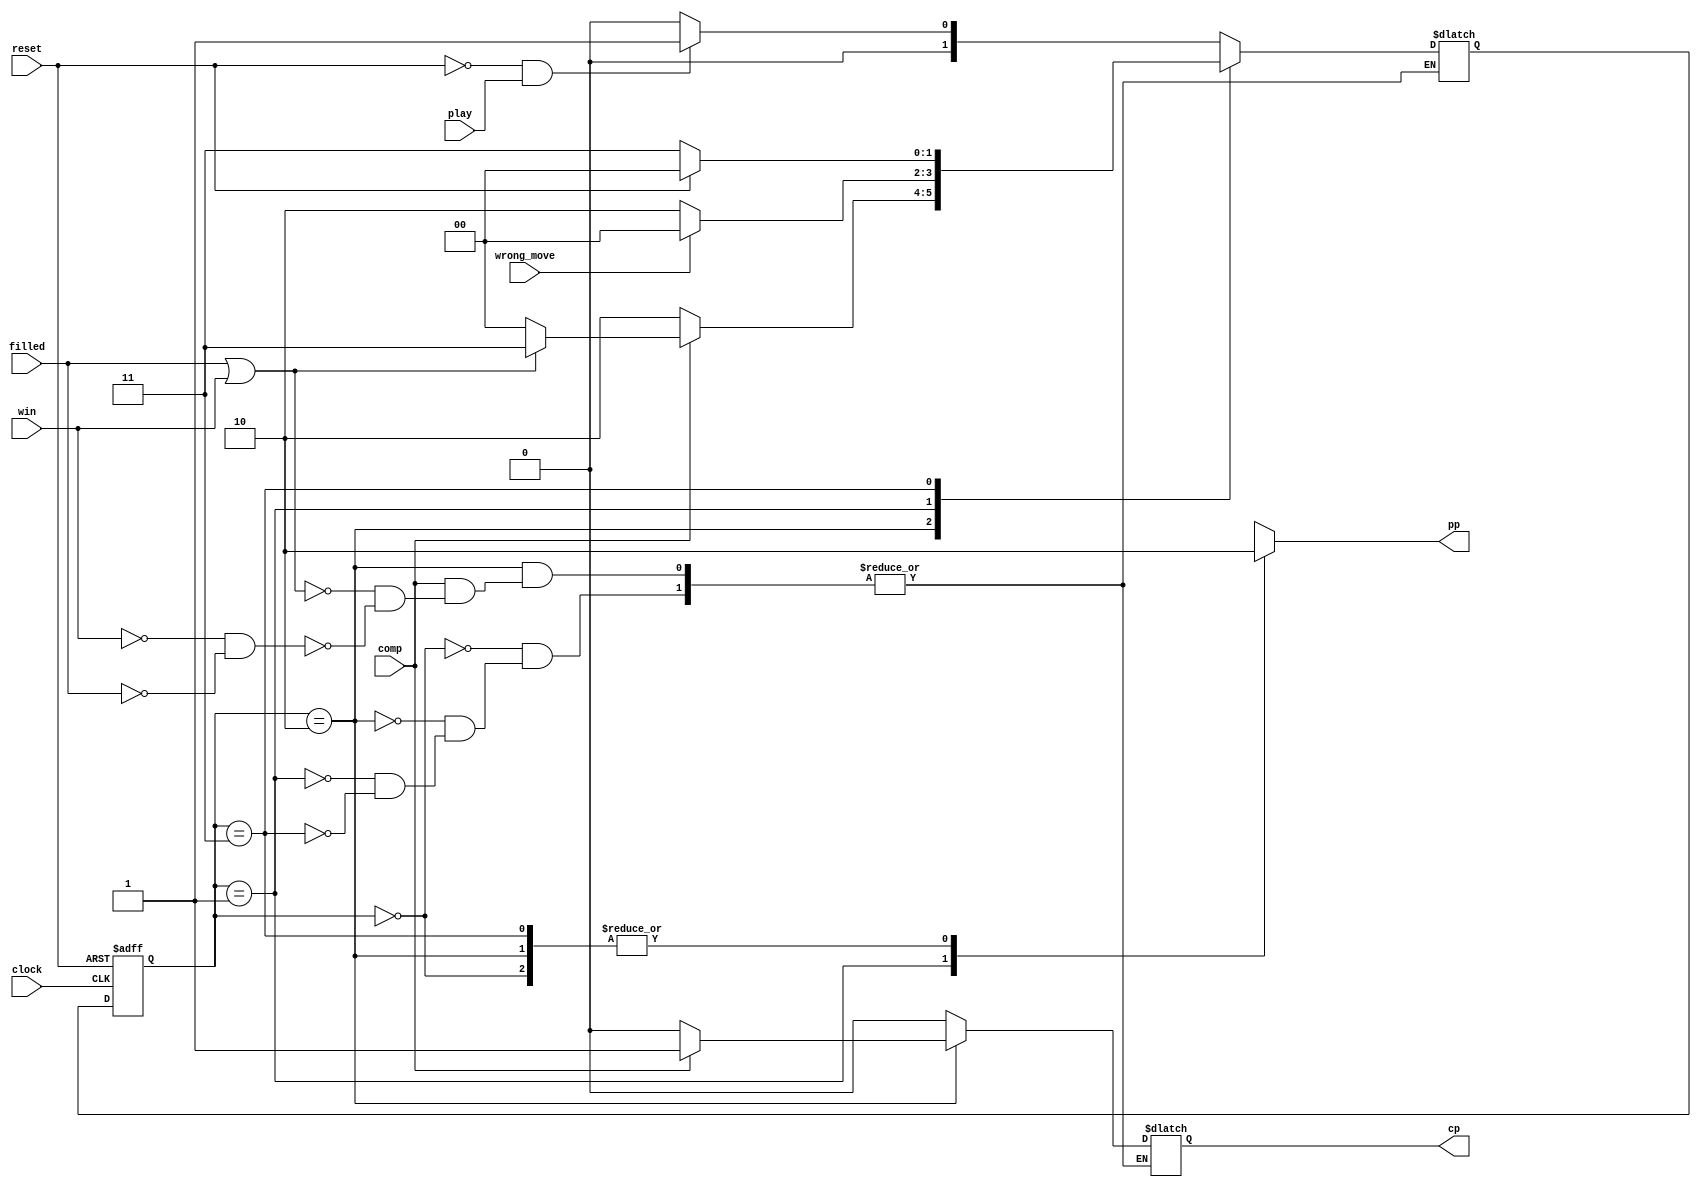

module FSM(clock,reset,play,comp,wrong_move,filled,win,cp,pp);    //implementation of state machine, controls the overall gameplay
     input clock,reset,play,comp,wrong_move,filled,win;
     output reg cp,pp;
     
parameter REST=2'b00;       //rest state
parameter COMPUTER=2'b10;   //computer's turn
parameter PLAYER=2'b01;     //player's turn
parameter OVER=2'b11;       //game is over/finished
reg[1:0] old,new;           //previous and next states

always @(posedge clock or posedge reset) 
begin 
 if(reset)
  old<=REST;
 else 
  old<=new;
end 
 
always @(*)
 begin
 case(old)
 REST: 
 begin 
  if(reset==1'b0 && play == 1'b1)
   new<= PLAYER; // player's turn 
  else 
   new<= REST;
  pp <= 1'b0;
  cp <= 1'b0;
 end 

 COMPUTER:
 begin 
  pp<= 1'b0;
  if(comp==1'b0) begin 
   new <= COMPUTER;
   cp<= 1'b0;
  end
  else if(filled == 1 || win ==1'b1)
  begin 
   new<=OVER;     //game over
   cp<= 1'b1;   //cp=1 gives turn to computer
  end 
  else if(win==1'b0 && filled== 1'b0)
  begin 
   new <= REST;
   cp <= 1'b1;     //cp=1 gives turn to computer
  end 
 
 end 

PLAYER:
begin 
  pp <= 1'b1;
  cp <= 1'b0;
  if(wrong_move==1'b0)
   new <= COMPUTER; // computer's turn
  else 
   new <= REST;
 end 
 
 OVER:
 begin      // game over
  pp <= 1'b0;
  cp <= 1'b0; 
  if(reset==1'b1) 
   new <= REST;  // return to REST 
  else 
   new <=OVER;  
 end 
 default:new <=REST; 

 endcase

 end
 
endmodule